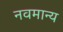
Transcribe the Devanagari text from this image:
नवमान्य